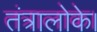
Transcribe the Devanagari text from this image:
तंत्रालोके।